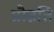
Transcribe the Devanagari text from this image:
प्रौन्नति